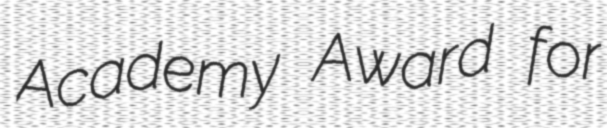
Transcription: Academy Award for